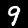
Label: 9